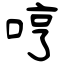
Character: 哼